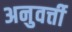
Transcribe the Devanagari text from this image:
अनुवर्त्ती